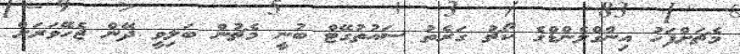
މެޗަށްފަހު އިންގްލެންޑްގެ ކޯޗު ގަރެތު ސައުތުގޭޓް ބުނީ މެޗުން ބަލިވީ ދޭން ޖެހޭވަރަށް